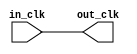
// clock_bridge_0.v

// Generated using ACDS version 18.1 221

`timescale 1 ps / 1 ps
module clock_bridge_0 (
		input  wire  in_clk,  //  in_clk.clk
		output wire  out_clk  // out_clk.clk
	);

	assign out_clk = in_clk;

endmodule